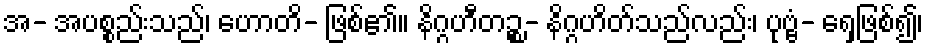
အ- အပစ္စည်းသည်၊ ဟောတိ- ဖြစ်၏။ နိဂ္ဂဟီတဉ္စ- နိဂ္ဂဟိတ်သည်လည်း၊ ပုဗ္ဗံ- ရှေ့ဖြစ်၍၊